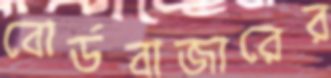
বোর্ডবাজারের